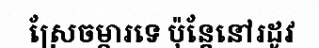
ស្រែចម្ការទេ ប៉ុន្តែនៅរដូវ